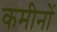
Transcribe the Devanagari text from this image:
कमीनों